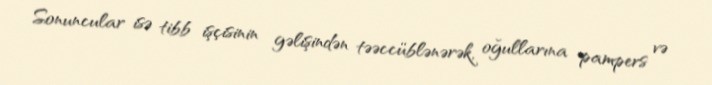
Sonuncular isə tibb işçisinin gəlişindən təəccüblənərək, oğullarına pampers və